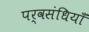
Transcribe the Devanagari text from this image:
पर्वसंधियाँ